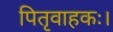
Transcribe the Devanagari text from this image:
पितृवाहकः।